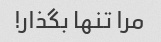
مرا تنها بگذار!